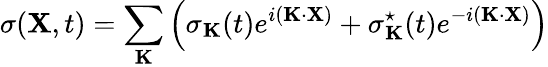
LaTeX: \sigma({\mathbf X},t)=\sum_{\mathbf K}\left(\sigma_{\mathbf K}(t)e^{i({\mathbf K}\cdot{\mathbf X})}+\sigma_{\mathbf K}^{\star}(t)e^{-i({\mathbf K}\cdot{\mathbf X})}\right)